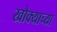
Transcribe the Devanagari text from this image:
खोक्याच्या